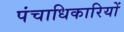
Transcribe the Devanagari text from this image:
पंचाधिकारियों